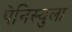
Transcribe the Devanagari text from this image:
पेनिस्युला